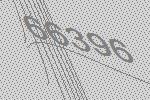
66396